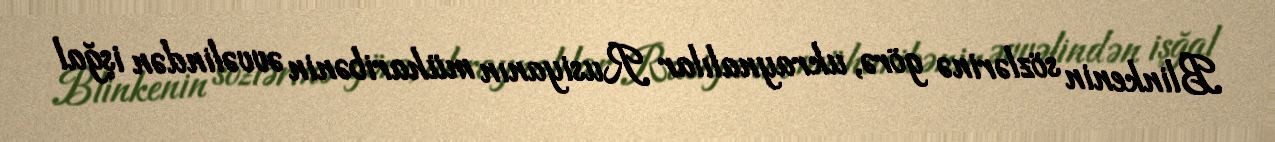
Blinkenin sözlərinə görə, ukraynalılar Rusiyanın müharibənin əvvəlindən işğal